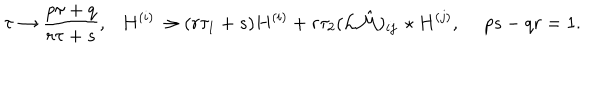
\tau \to { \frac { p \tau + q } { r \tau + s } } , \ \ \ H ^ { ( i ) } \to ( r \tau _ { 1 } + s ) H ^ { ( i ) } + r \tau _ { 2 } ( { \cal L } \hat { \cal M } ) _ { i j } \, \star H ^ { ( j ) } , \ p s - q r = 1 .